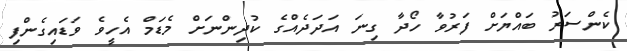
ކެންސަރު ބައްޔަށް ފަރުވާ ހޯދާ ގިނަ އަދަދެއްގެ ކުދިންނަށް މެޑަމް އެހީވެ ވަޑައިގެންފި